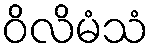
ဝိလိမံသံ